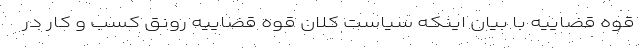
قوه قضاییه با بیان اینکه سیاست کلان قوه قضاییه رونق کسب و کار در